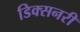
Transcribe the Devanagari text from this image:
डिक्सनरी